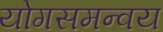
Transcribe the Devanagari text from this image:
योगसमन्वय